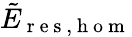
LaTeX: \tilde{E}_{\mathrm{~r~e~s~,~h~o~m~}}